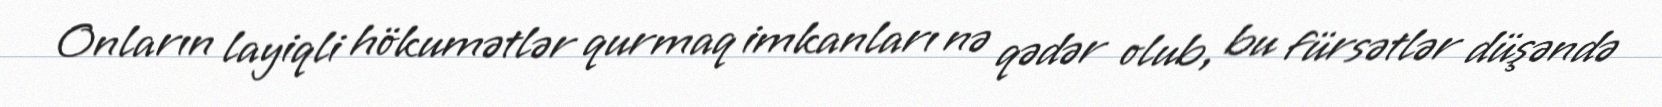
Onların layiqli hökumətlər qurmaq imkanları nə qədər olub, bu fürsətlər düşəndə